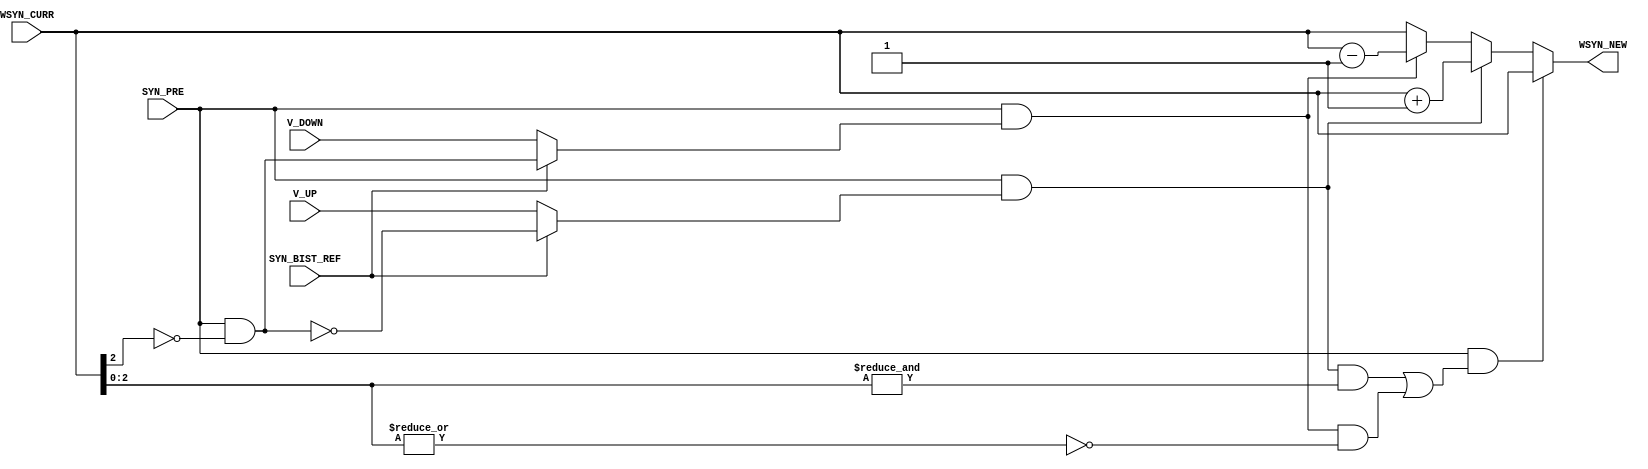
// Copyright (C) 2016-2019 Universit catholique de Louvain (UCLouvain), Belgium.
// Copyright and related rights are licensed under the Solderpad Hardware
// License, Version 2.0 (the "License"); you may not use this file except in
// compliance with the License.  You may obtain a copy of the License at
// http://solderpad.org/licenses/SHL-2.0/. The software, hardware and materials
// distributed under this License are provided in the hope that it will be useful
// on an as is basis, without warranties or conditions of any kind, either
// expressed or implied; without even the implied warranty of merchantability or
// fitness for a particular purpose. See the Solderpad Hardware License for more
// detailed permissions and limitations.
//------------------------------------------------------------------------------
//
// "sdsp_update.v" - ODIN SDSP update logic module
// 
// Project: ODIN - An online-learning digital spiking neuromorphic processor
//
//
// Cite/paper: C. Frenkel, M. Lefebvre, J.-D. Legat and D. Bol, "A 0.086-mm 12.7-pJ/SOP 64k-Synapse 256-Neuron Online-Learning
//             Digital Spiking Neuromorphic Processor in 28-nm CMOS," IEEE Transactions on Biomedical Circuits and Systems,
//             vol. 13, no. 1, pp. 145-158, 2019.
//
//------------------------------------------------------------------------------


module sdsp_update #(
    parameter WIDTH = 3
)(
    // Inputs
        // General
    input  wire             SYN_PRE,
    input  wire             SYN_BIST_REF,
        // From neuron
    input  wire             V_UP,
    input  wire             V_DOWN,    
        // From SRAM
    input  wire [WIDTH:0] WSYN_CURR,
    
	// Output
	output reg  [WIDTH:0] WSYN_NEW
);
    
    
    wire w_lt_half;
    wire do_up, do_down;
    wire overflow;
    
    assign w_lt_half = SYN_PRE & ~WSYN_CURR[WIDTH-1];
    assign do_up     = SYN_PRE & (SYN_BIST_REF ? ~w_lt_half : V_UP);
    assign do_down   = SYN_PRE & (SYN_BIST_REF ?  w_lt_half : V_DOWN);
    assign overflow  = SYN_PRE & ((do_up && (&WSYN_CURR[WIDTH-1:0])) || (do_down && (~|WSYN_CURR[WIDTH-1:0]))); 

	always @(*) begin
		if      (overflow) WSYN_NEW = WSYN_CURR;
		else if (do_up)    WSYN_NEW = WSYN_CURR + {{(WIDTH){1'b0}},1'b1};
		else if (do_down)  WSYN_NEW = WSYN_CURR - {{(WIDTH){1'b0}},1'b1};
		else               WSYN_NEW = WSYN_CURR;
	end 


endmodule